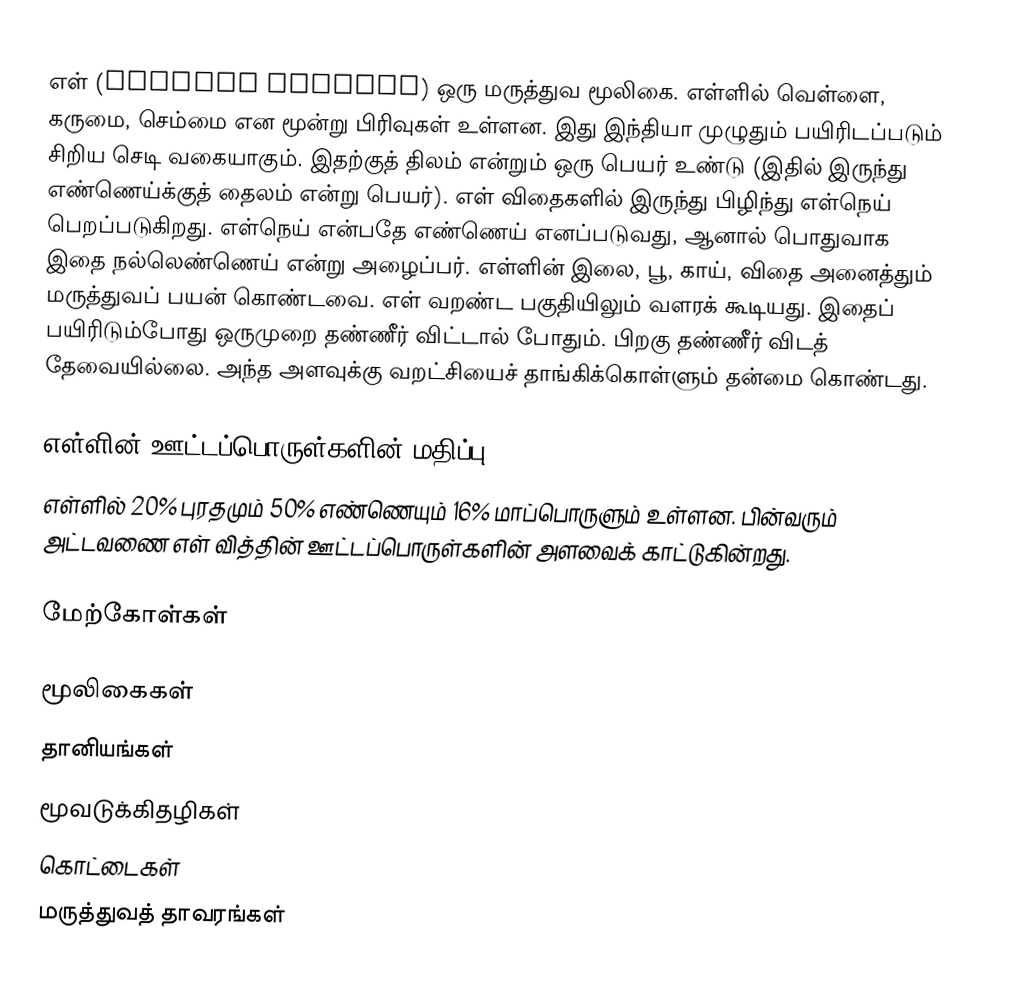
எள் (Sesamum Indicum) ஒரு மருத்துவ மூலிகை. எள்ளில் வெள்ளை, கருமை, செம்மை என மூன்று பிரிவுகள் உள்ளன. இது இந்தியா முழுதும் பயிரிடப்படும் சிறிய செடி வகையாகும். இதற்குத் திலம் என்றும் ஒரு பெயர் உண்டு (இதில் இருந்து எண்ணெய்க்குத் தைலம் என்று பெயர்). எள் விதைகளில் இருந்து  பிழிந்து எள்நெய் பெறப்படுகிறது. எள்நெய் என்பதே எண்ணெய் எனப்படுவது, ஆனால் பொதுவாக இதை நல்லெண்ணெய் என்று அழைப்பர். எள்ளின் இலை, பூ, காய், விதை அனைத்தும் மருத்துவப் பயன் கொண்டவை. எள் வறண்ட பகுதியிலும் வளரக் கூடியது. இதைப் பயிரிடும்போது ஒருமுறை தண்ணீர் விட்டால் போதும். பிறகு தண்ணீர் விடத் தேவையில்லை. அந்த அளவுக்கு வறட்சியைச் தாங்கிக்கொள்ளும் தன்மை கொண்டது.

எள்ளின் ஊட்டப்பொருள்களின் மதிப்பு
எள்ளில் 20% புரதமும் 50% எண்ணெயும் 16% மாப்பொருளும் உள்ளன. பின்வரும் அட்டவணை எள் வித்தின் ஊட்டப்பொருள்களின் அளவைக் காட்டுகின்றது.

மேற்கோள்கள்

மூலிகைகள்
தானியங்கள்
மூவடுக்கிதழிகள்
கொட்டைகள்
மருத்துவத் தாவரங்கள்